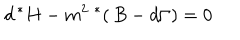
d \, ^ { * } H - m ^ { 2 } \ ^ { * } ( \, B - d \Gamma ) = 0